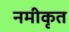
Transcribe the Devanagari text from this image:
नमीकृत